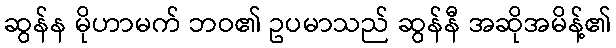
ဆွန်န မိုဟာမက် ဘဝ၏ ဥပမာသည် ဆွန်နီ အဆိုအမိန့်၏